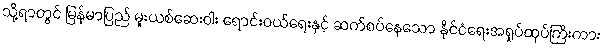
သို့ရာတွင် မြန်မာပြည် မူးယစ်ဆေးဝါး ရောင်းဝယ်ရေးနှင့် ဆက်စပ်နေသော နိုင်ငံရေးအရှုပ်ထုပ်ကြီးကား